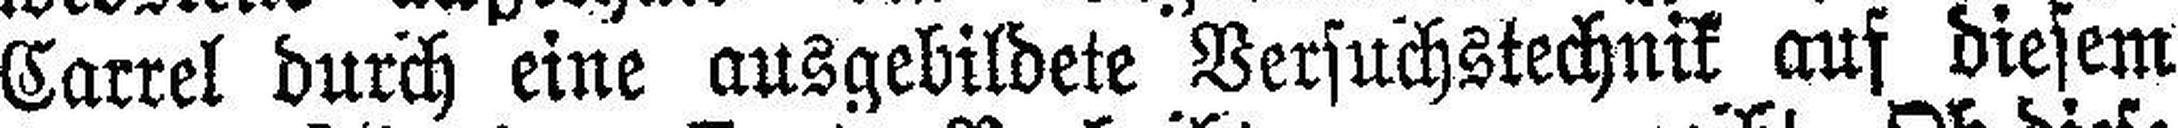
Carrel durch eine ausgebildete Versuchstechnik auf diesem